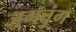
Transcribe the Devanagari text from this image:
जगत्तुंग